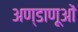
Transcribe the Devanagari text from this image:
अण्डाणूओं